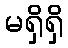
မရှိရှိ